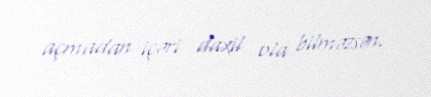
açmadan içəri daxil ola bilməzsən.